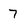
Character: 7